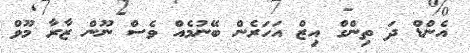
އެންޑް ދަ ތިންގް އިޒް އަހަރެން ބޭނުމެއް ވެސް ނޫން ޒާރާ މޫވް